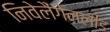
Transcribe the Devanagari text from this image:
निवेलैंगेनलीड